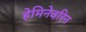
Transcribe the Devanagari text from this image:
हेमिनेवरिन